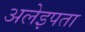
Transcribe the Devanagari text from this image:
अलेइपता